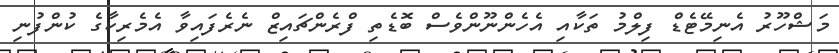
މަޝްހޫރު އެނިމޭޓެޑް ފިލްމު ތަކާއި އެހެންނޫންވެސް ބޮޑެތި ފްރެންޗައިޒް ނެރެފައިވާ އެމެރިކާގެ ކުންފުނި